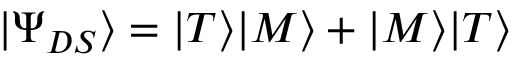
| \Psi _ { D S } \rangle = | T \rangle | M \rangle + | M \rangle | T \rangle